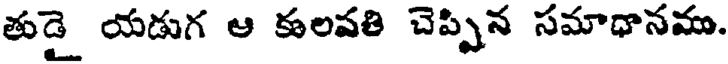
తుడై యడుగ ఆ కులపతి చెప్పిన సమాధానము.